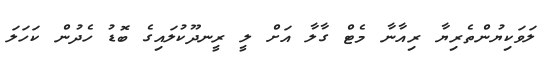
ލަވަކިޔުންތެރިޔާ ރިއާނާ މެޓް ގާލާ އަށް ލީ ރީނދޫކުލައިގެ ބޮޑު ހެދުން ކަހަލަ